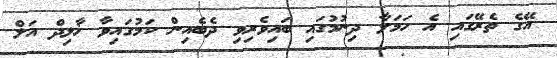
އޭގެ ތެރޭގައި އެ ހަމަލާ ދިނުމުގައި ބައިވެރިވި ދެބެއިން ކަމުގައިވާ ޚާލިދް އަލް